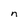
Character: n